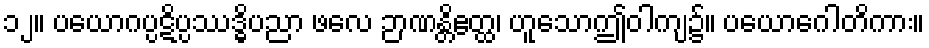
၁၂။ ပယောဂပ္ပဋိပ္ပဿဒ္ဓိပညာ ဖလေ ဉာဏန္တိဧတ္ထ၊ ဟူသောဤဝါကျ၌။ ပယောဂေါတိကား။